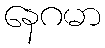
နေဂမာ